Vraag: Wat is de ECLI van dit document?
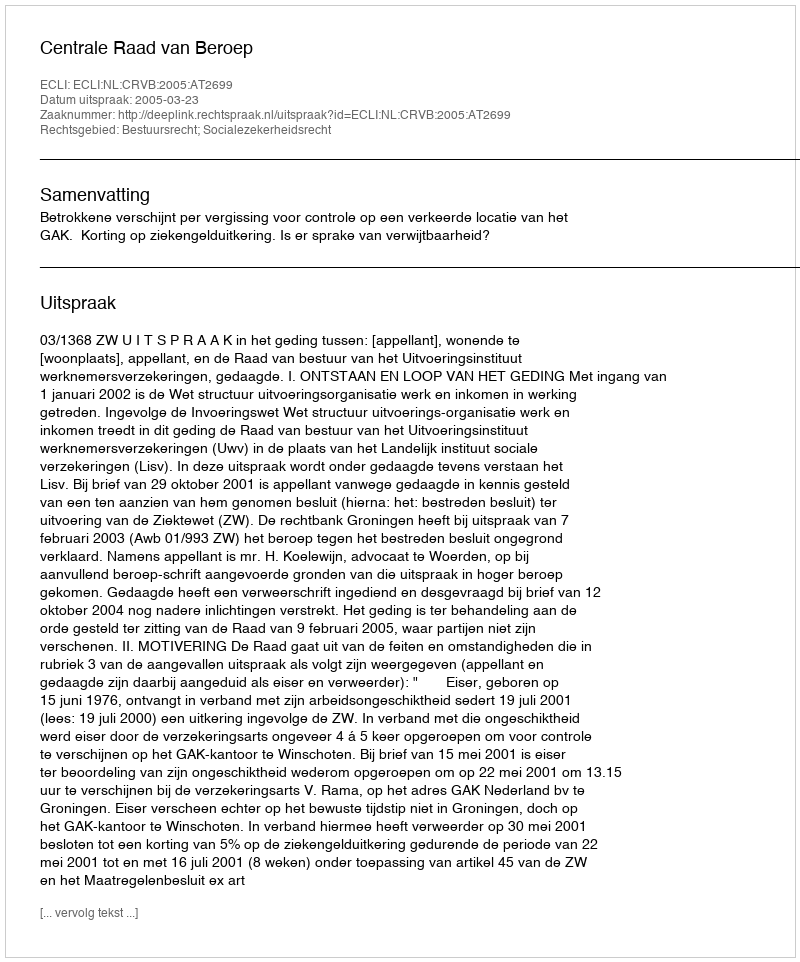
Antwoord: ECLI:NL:CRVB:2005:AT2699